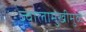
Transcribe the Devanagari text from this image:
ज्वालामुखीमुळे